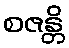
စဇန္တိ